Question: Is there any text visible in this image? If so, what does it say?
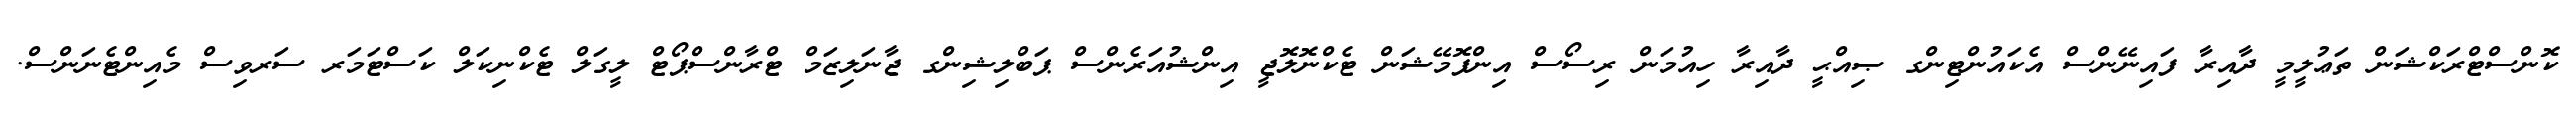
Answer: ކޮންސްޓްރަކްޝަން ތަޢުލީމީ ދާއިރާ ފައިނޭންސް އެކައުންޓިންގ ޞިއްޙީ ދާއިރާ ހިއުމަން ރިސޯސް އިންފޮމޭޝަން ޓެކްނޮލޮޖީ އިންޝުއަރެންސް ޕަބްލިޝިންގ ޖާނަލިޒަމް ޓްރާންސްޕޯޓް ލީގަލް ޓެކްނިކަލް ކަސްޓަމަރ ސަރވިސް މެއިންޓެނަންސް.